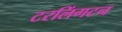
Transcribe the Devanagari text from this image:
टरलिंगटन